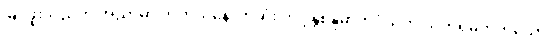
မြင်ဖူးသည်ဟု အညှာမှာ တကယ့်နောက်ဆုံး ဘဒ္ဒန္တစန္ဒိမာဘိဝံသက သက်ရှိမဟုတ်သော